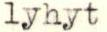
lyhyt